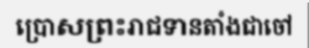
ប្រោសព្រះរាជទានតាំងជាចៅ